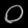
Digit: ၀